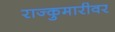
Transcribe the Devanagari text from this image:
राज्कुमारीवर